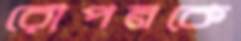
রোপনকে